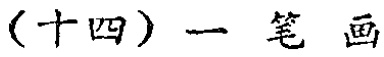
（十四）一笔画